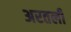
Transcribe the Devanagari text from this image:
अरतली